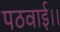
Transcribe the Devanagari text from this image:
पठवाई।।